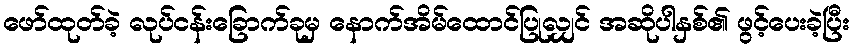
ဖော်ထုတ်ခဲ့ လုပ်ငန်းခြောက်ခုမှ နောက်အိမ်ထောင်ပြုလျှင် အဆိုပါနှစ်၏ ဖွင့်ပေးခဲ့ပြီး